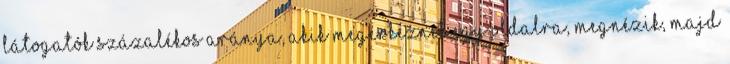
látogatók százalékos aránya, akik megérkeznek egy oldalra, megnézik, majd